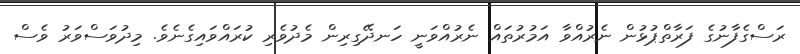
ރަސްގެފާނުގެ ފަރާތްޕުޅުން ނެރުއްވާ އަމުރުތައް ނެރުއްވަނީ ހަނދޭގިރިން މެދުވެރި ކުރައްވައިގެނެވެ. މިދުވަސްވަރު ވެސް